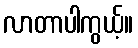
လာတာပါကွယ့်။